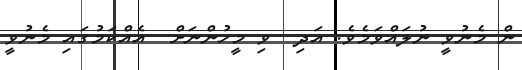
ން މެނުވީ ނުލައްވަމެވެ. އަދި  ވި މީހުންނަށް  އެއްކަމުގައި މެނުވީ